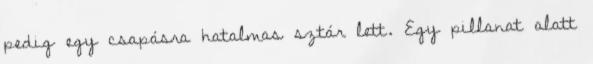
pedig egy csapásra hatalmas sztár lett. Egy pillanat alatt